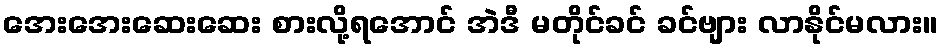
အေးအေးဆေးဆေး စားလို့ရအောင် အဲဒီ မတိုင်ခင် ခင်ဗျား လာနိုင်မလား။